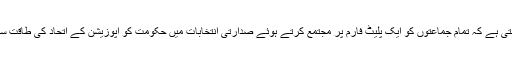
حالانکہ کانگریس چاہتی ہے کہ تمام جماعتوں کو ایک پلیٹ فارم پر مجتمع کرتے ہوئے صدارتی انتخابات میں حکومت کو اپوزیشن کے اتحاد کی طاقت سے مرعوب کرسکے ۔